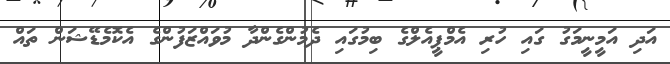
އަދި އަމީނީމަގު ގައި ހުރި އެމްޕީއެލްގެ ބިމުގައި ދެމުންގެންދާ މުވައްޒަފުންގެ އެކޮމެޑޭޝަން ތައް